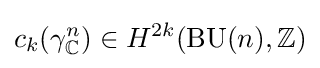
c_{k}(\gamma _{\mathbb {C} }^{n})\in H^{2k}(\operatorname {BU} (n),\mathbb {Z} )